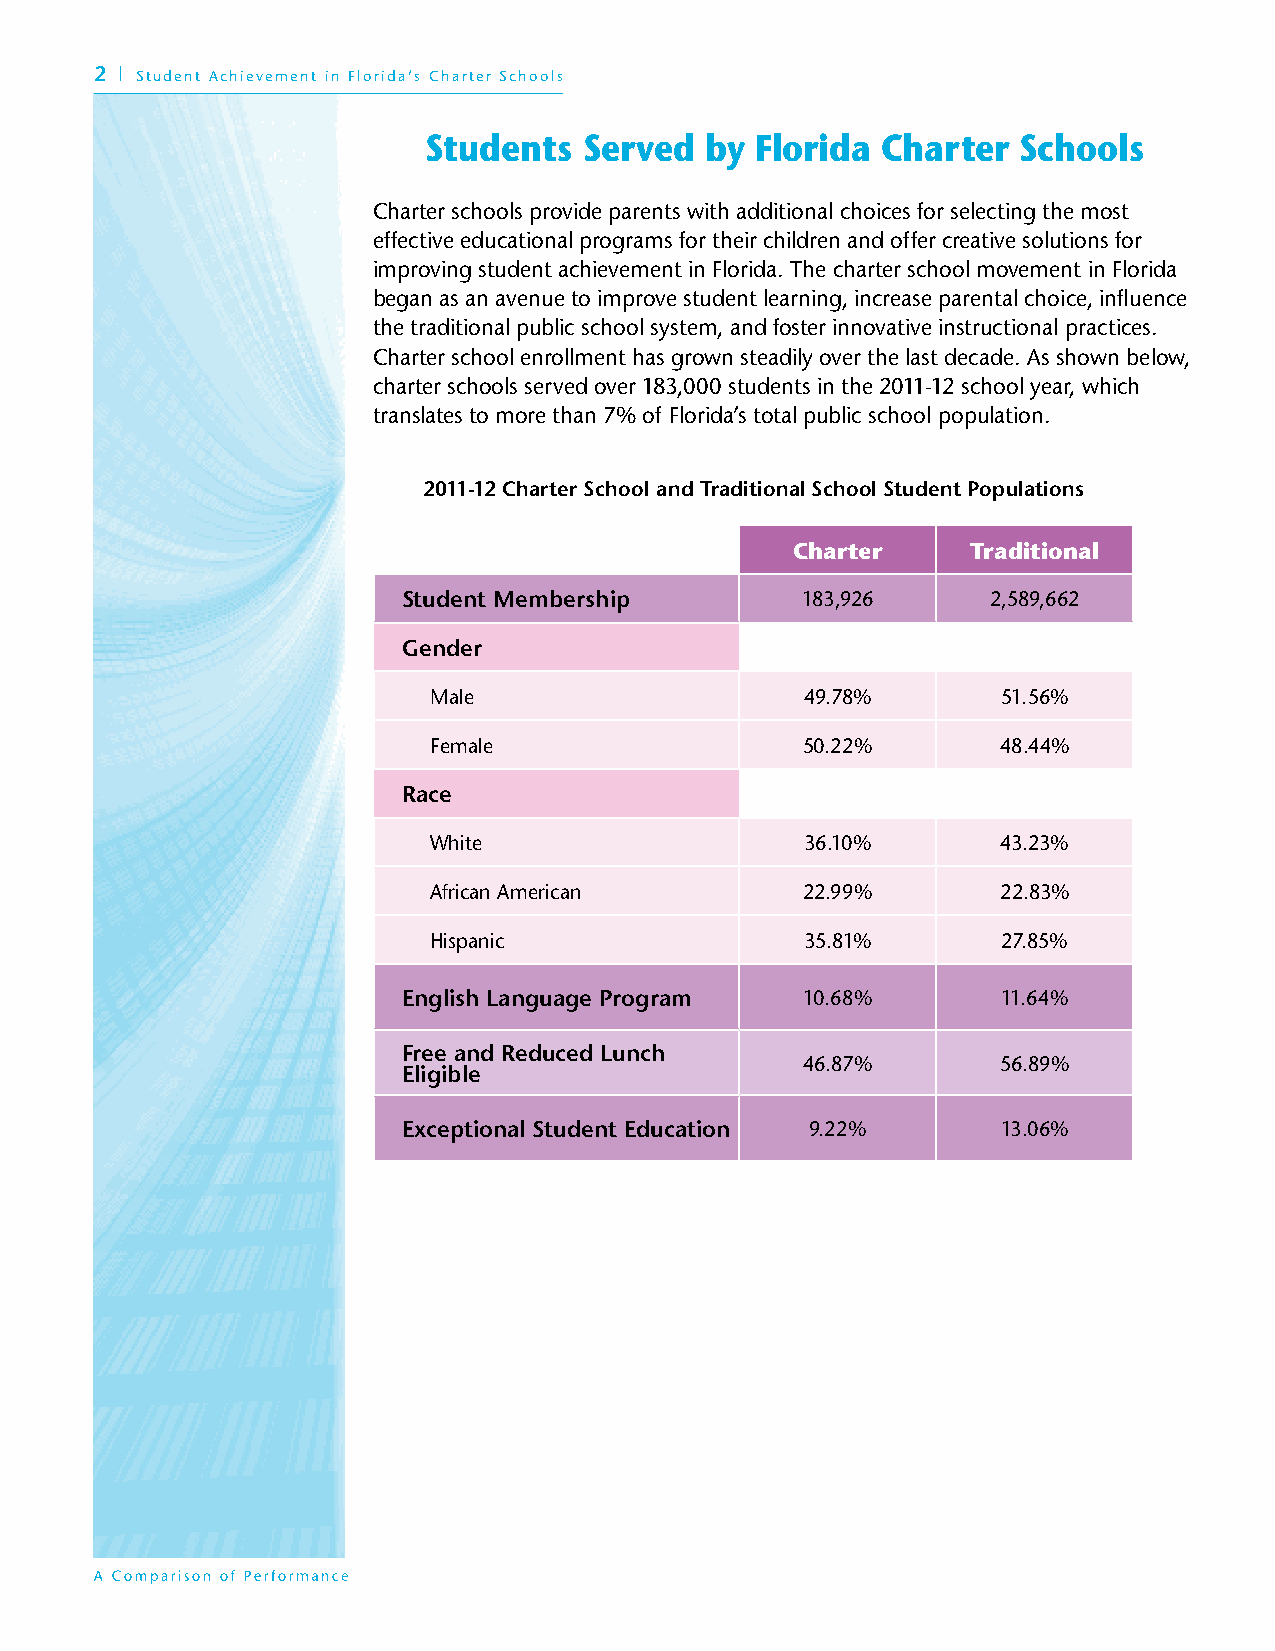
2 | Student Achievement in Florida’s Charter Schools
 Students   Served  by Florida Charter   Schools
 Charter schools provide parents with additional choices for selecting the most
 effective educational programs for their children and offer creative solutions for
 improving student achievement in Florida. The charter school movement in Florida
 began as an avenue to improve student learning, increase parental choice, influence
 the traditional public school system, and foster innovative instructional practices.
 Charter school enrollment has grown steadily over the last decade. As shown below,
 charter schools served over 183,000 students in the 2011-12 school year, which
 translates to more than 7% of Florida’s total public school population.
 2011-12 Charter School and Traditional School Student Populations
 Charter    Traditional
 Student Membership        183,926      2,589,662
 Gender
 Male                     49.78%       51.56%
 Female                   50.22%       48.44%
 Race
 White                    36.10%       43.23%
 African American         22.99%       22.83%
 Hispanic                 35.81%       27.85%
 English Language Program  10.68%       11.64%
 Free and Reduced Lunch
 46.87%       56.89%
 Eligible
 Exceptional Student Education 9.22%    13.06%